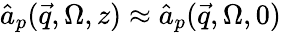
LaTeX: \hat{a}_{p}(\vec{q},\Omega,z)\approx\hat{a}_{p}(\vec{q},\Omega,0)